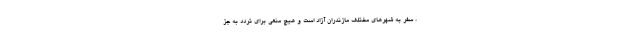
، سفر به شهرهای مختلف مازندران آزاد است و هیچ منعی برای تردد به‌ جز